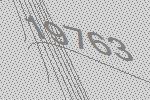
19763